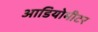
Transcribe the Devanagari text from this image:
आडियोमीटर